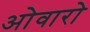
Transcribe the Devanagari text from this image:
ओवारो